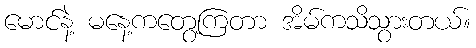
မောင်နဲ့ မနေ့ကတွေ့ကြတာ အိမ်ကသိသွားတယ်။